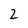
Character: 2